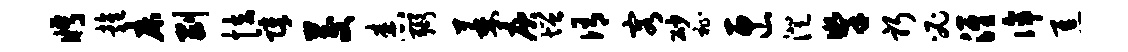
眄雍床剥怯障茭舂弼萎庾增侑容砂祉匣澄掣躬必淮侔焦